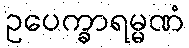
ဥပေက္ခာရမ္မဏံ